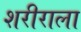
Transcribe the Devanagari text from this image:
शरीराला